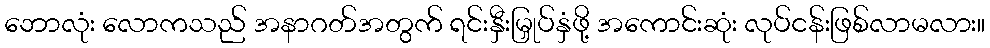
ဘောလုံး လောကသည် အနာဂတ်အတွက် ရင်းနှီးမြှုပ်နှံဖို့ အကောင်းဆုံး လုပ်ငန်းဖြစ်လာမလား။